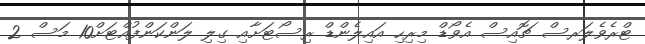
ޓްރެވެލަރސް ޗޮއިސް އެވޯޑް މިރިހި އައިލެންޑް ރިސޯޓަށާއި ގިލި ލަންކަންފުއްޓަށް10 މަސް 2